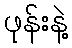
ဖုန်းနဲ့